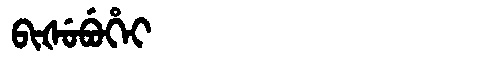
Manchu: ᠪᡳᡧᡠᠪᡠᡥᡝᡳ
Romanization: BIŠUBUHEI